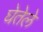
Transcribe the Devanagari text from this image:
घेतेले